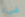
شيء